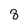
Character: 8